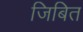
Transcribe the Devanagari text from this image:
जिबित